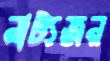
নাট্যজন